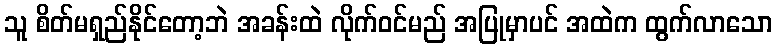
သူ စိတ်မရှည်နိုင်တော့ဘဲ အခန်းထဲ လိုက်ဝင်မည် အပြုမှာပင် အထဲက ထွက်လာသော